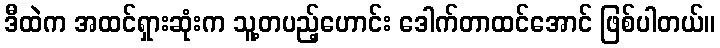
ဒီထဲက အထင်ရှားဆုံးက သူ့တပည့်ဟောင်း ဒေါက်တာထင်အောင် ဖြစ်ပါတယ်။